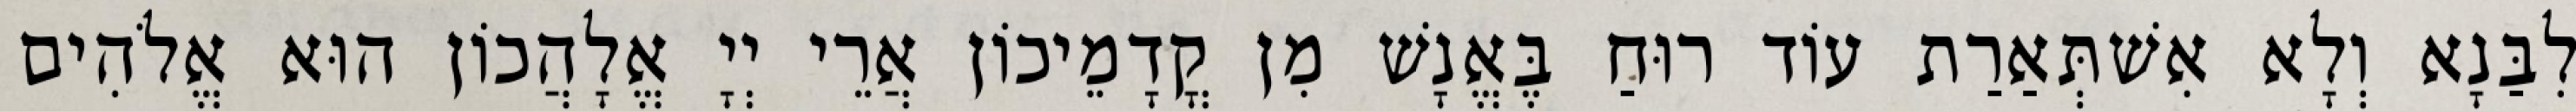
לִבַּנָא וְלָא אִשׁתְּאַרַת עוֹד רוּחַ בֶּאֱנָשׁ מִן קֳדָמֵיכוֹן אֲרֵי יְיָ אֱלָהֲכוֹן הוּא אֱלֹהִים